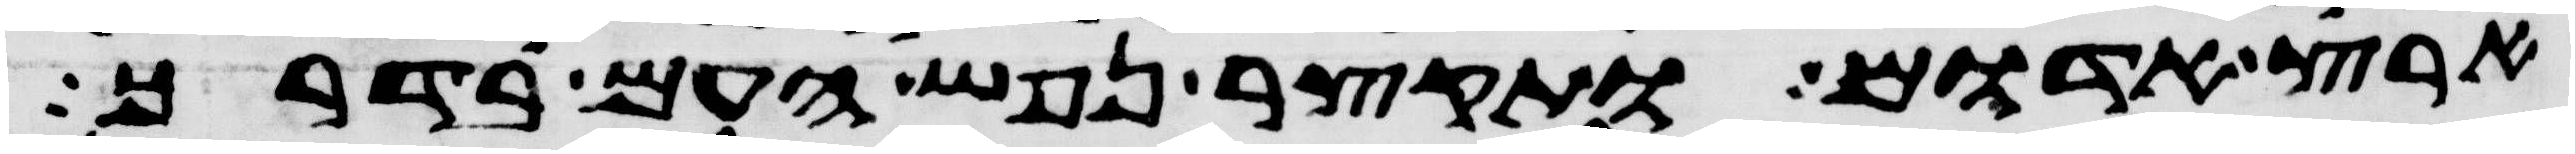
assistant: ארץ אדום ותקצר נפש העם בדרך